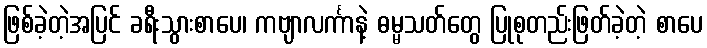
ဖြစ်ခဲ့တဲ့အပြင် ခရီးသွားစာပေ၊ ကဗျာလင်္ကာနဲ့ ဓမ္မသတ်တွေ ပြုစုတည်းဖြတ်ခဲ့တဲ့ စာပေ